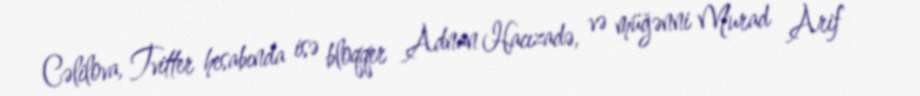
Cəlilova, Tvitter hesabında isə bloqqer Adnan Hacızadə, və müğənni Murad Arif